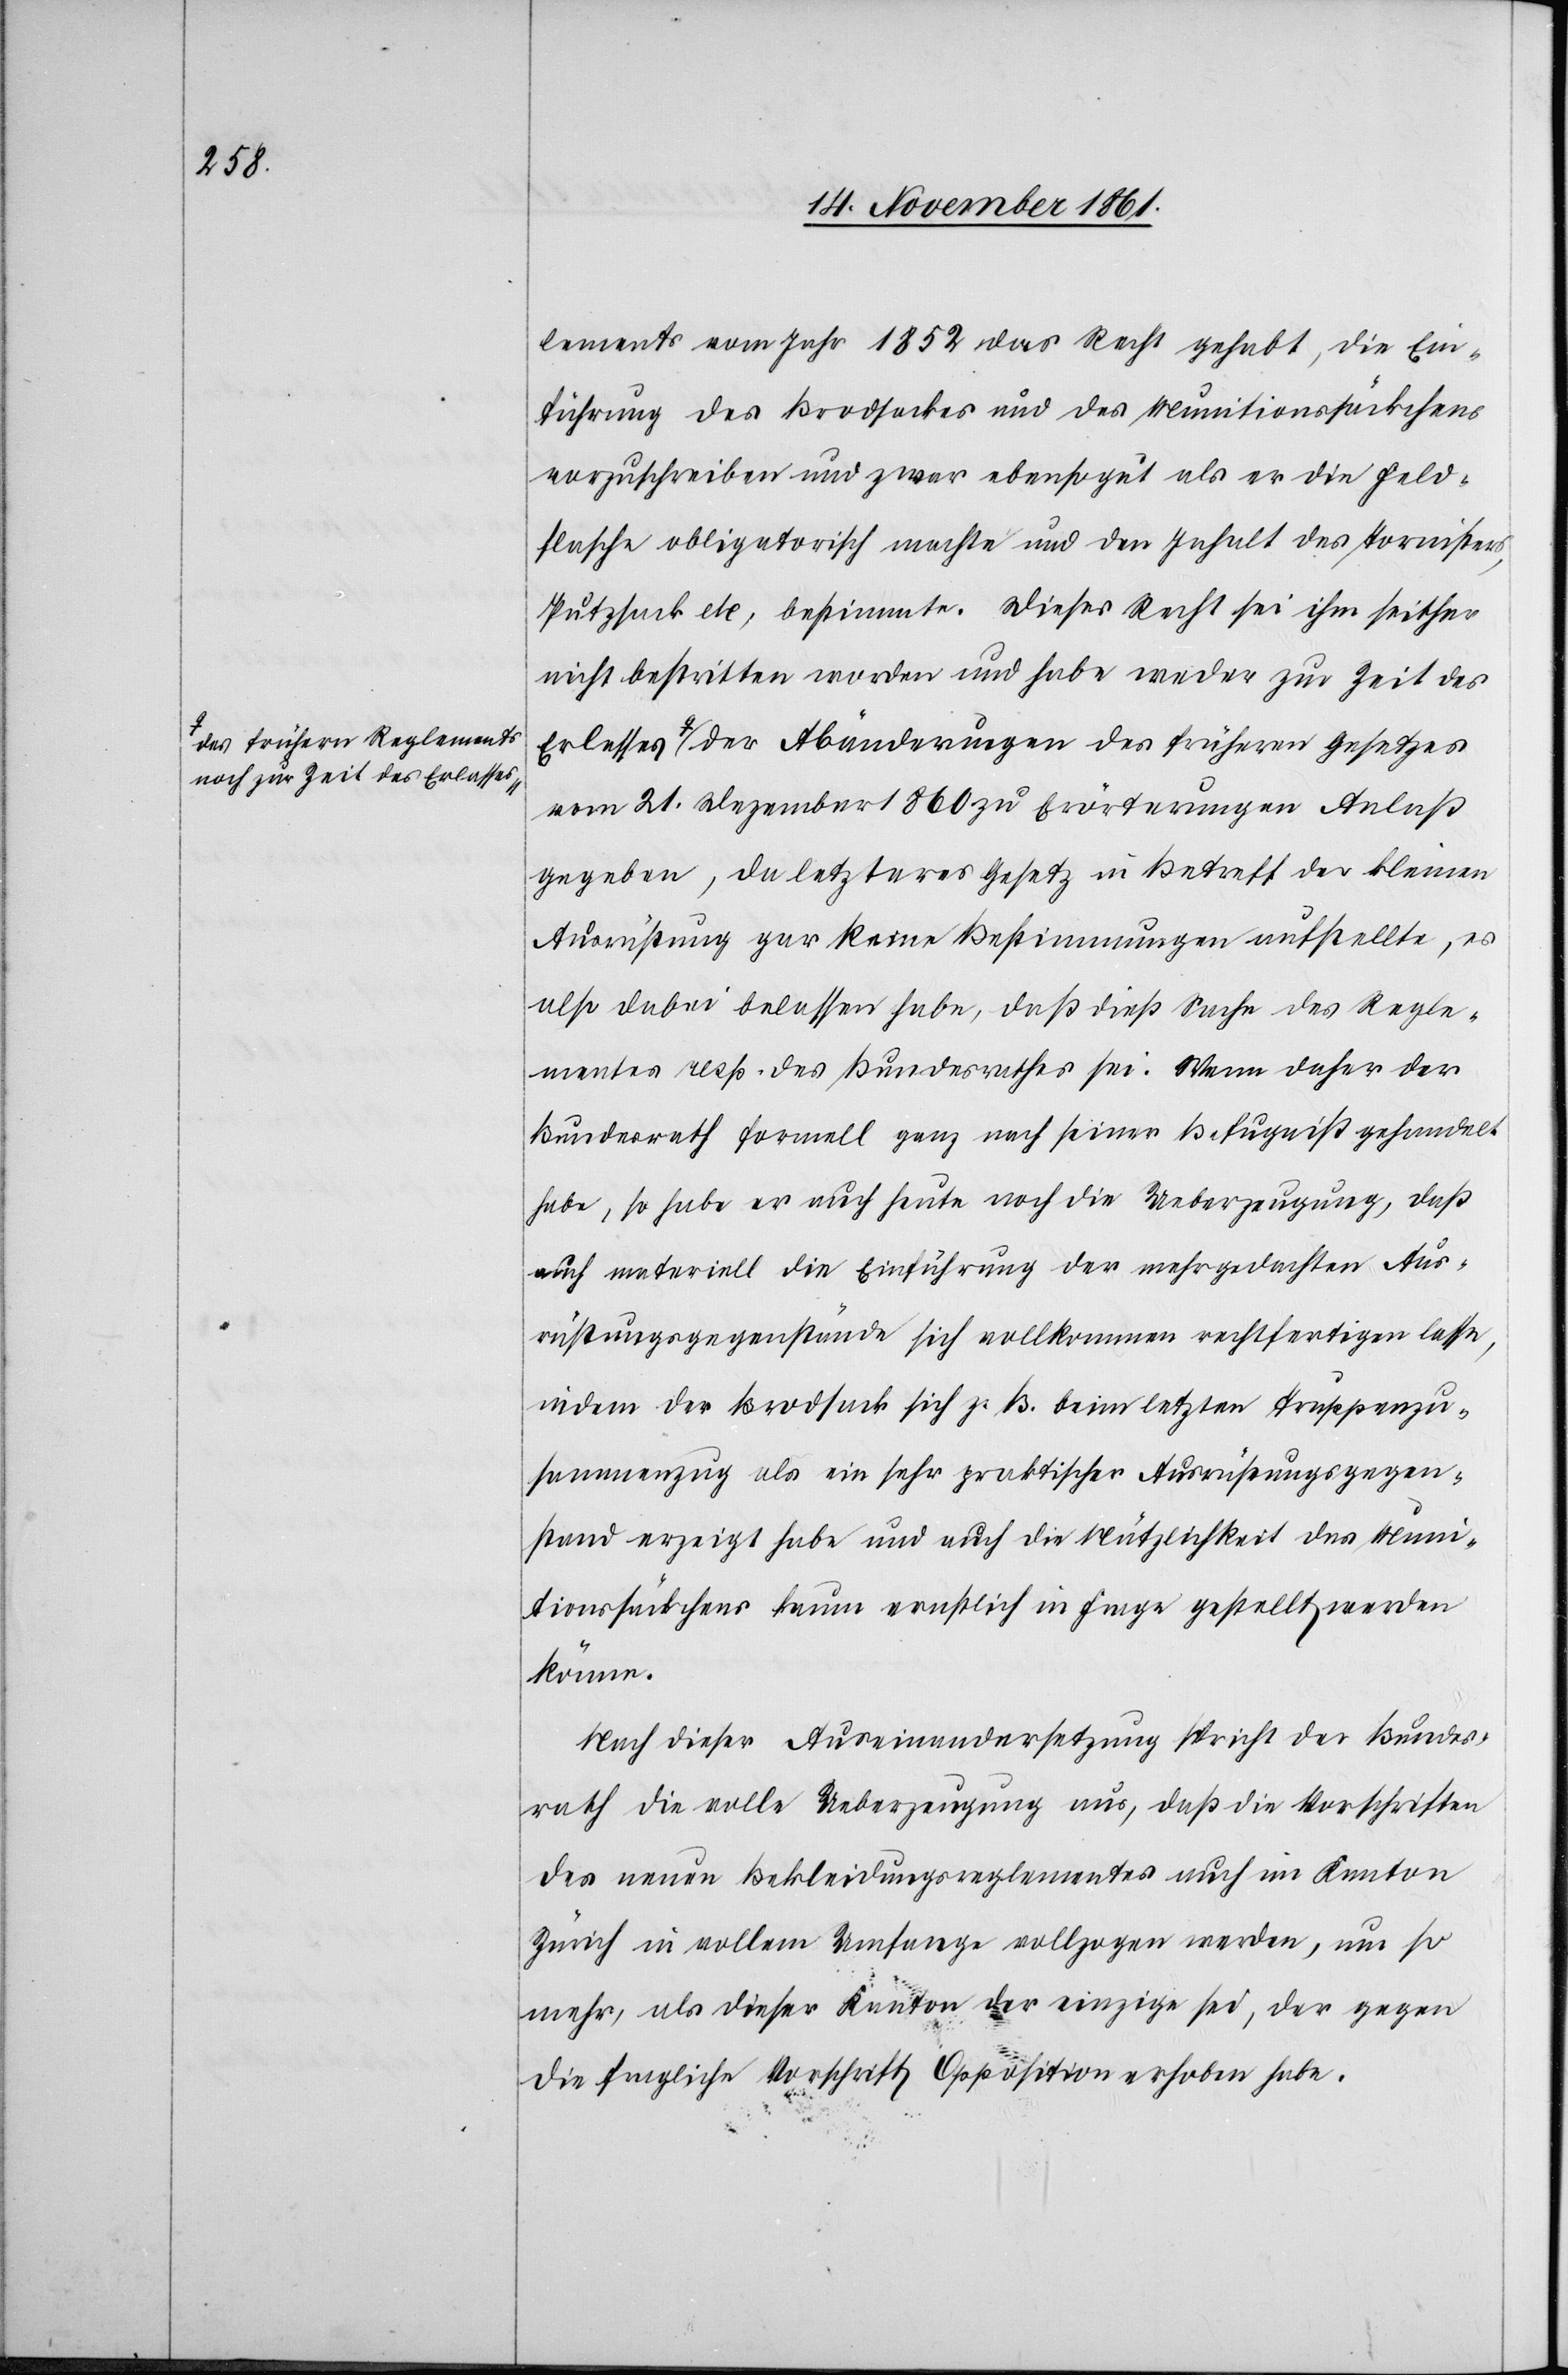
a-des frühern Reglements
noch zur Zeit des Erlass¬

lements vom Jahr 1852 das Recht gehabt, die Ein¬
führung des Brodsackes und des Munitionssäckchens
vorzuschreiben und zwar ebensogut als er die Feld¬
flasche obligatorisch machte und den Inhalt des Tornisters,
Putzsack etc, bestimmte. Dieses Recht sei ihm seither
nicht bestritten worden und habe weder zur Zeit des
es-a der Abänderungen des frühern Gesetzes
vom 21 Dezember 1860 zu Erörterungen Anlaß
gegeben, da letzteres Gesetz in Betreff der kleinen
Ausrüstung gar keine Bestimmungen aufstellte, es
also dabei belassen habe, daß dieß Sache des Regle¬
ments resp. des Bundesrathes sei: Wenn daher der
Bundesrath formell ganz nach seiner Befugniß gehandelt
habe, so habe er auch heute noch die Ueberzeugung, daß
auch materiell die Einführung der mehrgedachten Aus¬
rüstungsgegenstände sich vollkommen rechtfertigen lasse,
indem der Brodsack sich z. B. beim letzten Truppenzu¬
sammenzug als ein sehr praktischer Ausrüstungsgegen¬
stand erzeigt habe und auch die Nützlichkeit des Muni¬
tionssäckchens kaum ernstlich in Frage gestellt werden
könne.
Nach dieser Auseinandersetzung spricht der Bundes¬
rath die volle Ueberzeugung aus, daß die Vorschriften
des neuen Bekleidungsreglementes auch im Kanton
Zürich in vollem Umfange vollzogen werden, um so
mehr, als dieser Kanton der einzige sei, der gegen
die fragliche Vorschrift Opposition erhoben habe.